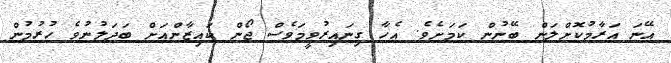
އޭނަ އަރާމުކޮށްލަން ބޭނުން ކަމަށެވެ. އެހާ ގިނައިރުވީމަވެސް ޖޯން ކައިޒާންއަށް ބަދަލުނުވެ ހުރުމުން